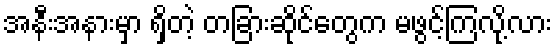
အနီးအနားမှာ ရှိတဲ့ တခြားဆိုင်တွေက မဖွင့်ကြလို့လား